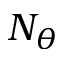
N _ { \theta }